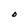
Character: O